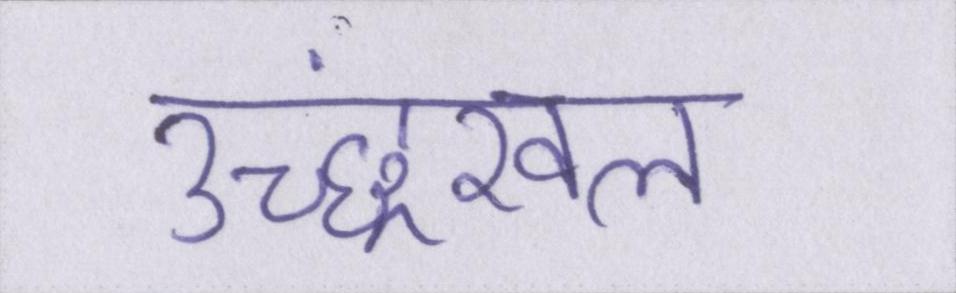
उच्छ्रंखल